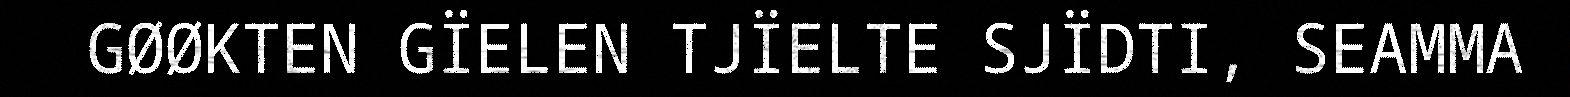
GØØKTEN GÏELEN TJÏELTE SJÏDTI, SEAMMA